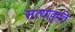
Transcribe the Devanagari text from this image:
सत्याकृति